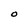
Character: O